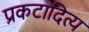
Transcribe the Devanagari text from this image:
प्रकटादित्य